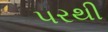
૫રથી